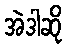
အဲဒါဆို